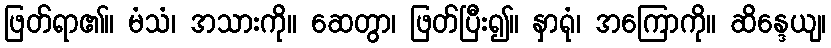
ဖြတ်ရာ၏။ မံသံ၊ အသားကို။ ဆေတွာ၊ ဖြတ်ပြီး၍။ နှာရုံ၊ အကြောကို။ ဆိန္ဒေယျ၊